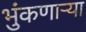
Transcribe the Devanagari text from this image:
भुंकणाऱ्या